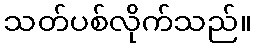
သတ်ပစ်လိုက်သည်။